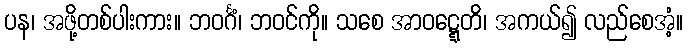
ပန၊ အဖို့တစ်ပါးကား။ ဘဝင်္ဂံ၊ ဘဝင်ကို။ သစေ အာဝဋ္ဋေတိ၊ အကယ်၍ လည်စေအံ့။